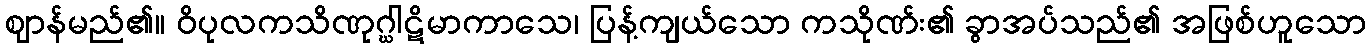
ဈာန်မည်၏။ ဝိပုလကသိဏုဂ္ဃါဋိမာကာသေ၊ ပြန့်ကျယ်သော ကသိုဏ်း၏ ခွာအပ်သည်၏ အဖြစ်ဟူသော